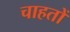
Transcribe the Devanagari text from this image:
चाहतों